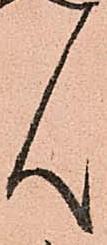
ん